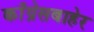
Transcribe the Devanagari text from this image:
काँग्रेसबाहेर